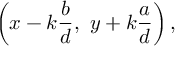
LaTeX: \left( x - k { \frac { b } { d } } , \ y + k { \frac { a } { d } } \right) ,